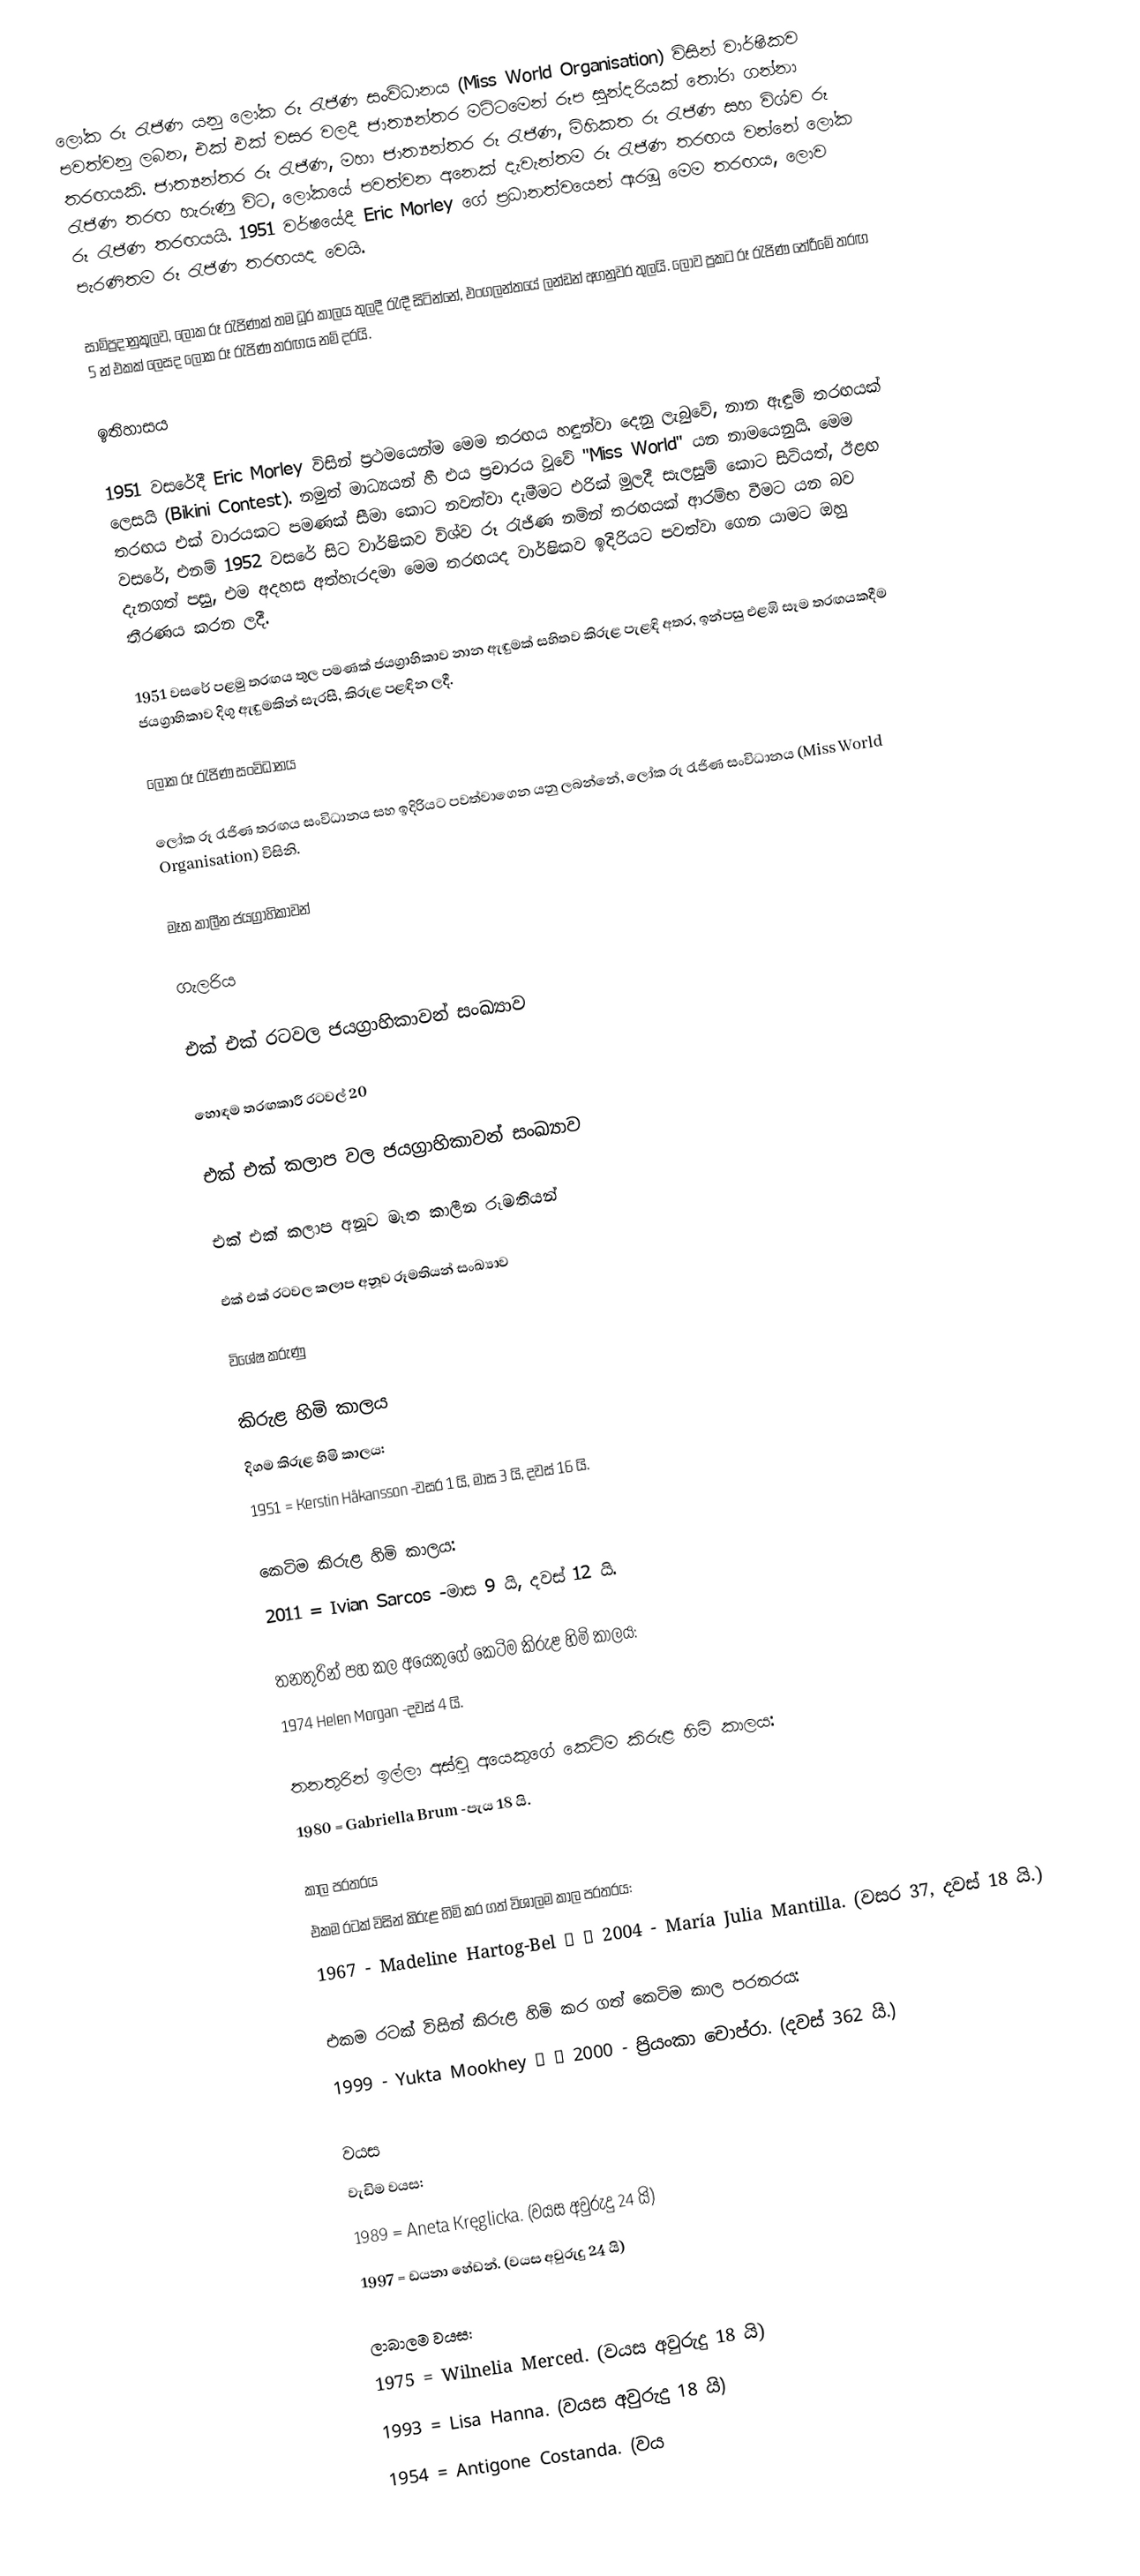
ලෝක රූ රැජිණ යනු ලෝක රූ රැජිණ සංවිධානය (Miss World Organisation) විසින් වාර්ෂිකව පවත්වනු ලබන, එක් එක් වසර වලදී ජාත්‍යන්තර මට්ටමෙන් රූප සුන්දරියක් තෝරා ගන්නා තරඟයකි. ජාත්‍යන්තර රූ රැජිණ, මහා ජාත්‍යන්තර රූ රැජිණ, මිහිකත රූ රැජිණ සහ විශ්ව රූ රැජිණ තරඟ හැරුණු විට, ලෝකයේ පවත්වන අනෙක් දැවැන්තම රූ රැජිණ තරඟය වන්නේ ලෝක රූ රැජිණ තරඟයයි. 1951 වර්ෂයේදී Eric Morley ගේ ප්‍රධානත්වයෙන් ඇරඹූ මෙම තරඟය, ලොව පැරණිතම රූ රැජිණ තරඟයද වෙයි.

සාම්ප්‍රදානුකූලව, ලෝක රූ රැජිණක් තම ධූර කාලය තුලදී රැඳී සිටින්නේ, එංගලන්තයේ ලන්ඩන් අගනුවර තුලයි. ලොව ප්‍රකට රූ රැජිණ තේරීමේ තරඟ 5 න් එකක් ලෙසද ලෝක රූ රැජිණ තරඟය නම් දරයි.

ඉතිහාසය

1951 වසරේදී Eric Morley විසින් ප්‍රථමයෙන්ම මෙම තරඟය හඳුන්වා දෙනු ලැබුවේ, නාන ඇඳුම් තරඟයක් ලෙසයි (Bikini Contest). නමුත් මාධ්‍යයන් හී එය ප්‍රචාරය වූවේ "Miss World" යන නාමයෙනුයි. මෙම තරඟය එක් වාරයකට පමණක් සීමා කොට නවත්වා දැමීමට එරික් මුලදී සැලසුම් කොට සිටියත්, ඊළඟ වසරේ, එනම් 1952 වසරේ සිට වාර්ෂිකව විශ්ව රූ රැජිණ නමින් තරඟයක් ආරම්භ වීමට යන බව දැනගත් පසු, එම අදහස අත්හැරදමා මෙම තරඟයද වාර්ෂිකව ඉදිරියට පවත්වා ගෙන යාමට ඔහු තීරණය කරන ලදී.

1951 වසරේ පළමු තරඟය තුල පමණක් ජයග්‍රාහිකාව නාන ඇඳුමක් සහිතව කිරුළ පැළඳි අතර, ඉන්පසු එළඹි සෑම තරඟයකදීම ජයග්‍රාහිකාව දිගු ඇඳුමකින් සැරසී, කිරුළ පළඳින ලදී.

ලෝක රූ රැජිණ සංවිධානය

ලෝක රූ රැජිණ තරඟය සංවිධානය සහ ඉදිරියට පවත්වාගෙන යනු ලබන්නේ, ලෝක රූ රැජිණ සංවිධානය (Miss World Organisation) විසිනි.

මෑත කාලීන ජයග්‍රාහිකාවන්

ගැලරිය

එක් එක් රටවල ජයග්‍රාහිකාවන් සංඛ්‍යාව

හොඳම තරඟකාරී රටවල් 20

එක් එක් කලාප වල ජයග්‍රාහිකාවන් සංඛ්‍යාව

එක් එක් කලාප අනූව මෑත කාලීන රූමතියන්

එක් එක් රටවල කලාප අනූව රූමතියන් සංඛ්‍යාව

විශේෂ කරුණු

කිරුළ හිමි කාලය
 දිගම කිරුළ හිමි කාලය:
 1951 = Kerstin Håkansson -වසර 1 යි, මාස 3 යි, දවස් 16 යි.

 කෙටිම කිරුළ හිමි කාලය:
 2011 = Ivian Sarcos -මාස 9 යි, දවස් 12 යි.

 තනතුරින් පහ කල අයෙකුගේ කෙටිම කිරුළ හිමි කාලය:
 1974  Helen Morgan -දවස් 4 යි.

 තනතුරින් ඉල්ලා අස්වූ අයෙකුගේ කෙටිම කිරුළ හිමි කාලය:
 1980 = Gabriella Brum -පැය 18 යි.

කාල පරතරය
 එකම රටක් විසින් කිරුළ හිමි කර ගත් විශාලම කාල පරතරය:
 1967 - Madeline Hartog-Bel ←  → 2004 - María Julia Mantilla. (වසර 37, දවස් 18 යි.)

 එකම රටක් විසින් කිරුළ හිමි කර ගත් කෙටිම කාල පරතරය:
 1999 - Yukta Mookhey ←  → 2000 - ප්‍රියංකා චොප්රා. (දවස් 362 යි.)

වයස
 වැඩිම වයස:
 1989 = Aneta Kręglicka. (වයස අවුරුදු 24 යි)
 1997 =  ඩයනා හේඩන්. (වයස අවුරුදු 24 යි)

 ලාබාලම වයස:
 1975 = Wilnelia Merced. (වයස අවුරුදු 18 යි)
 1993 = Lisa Hanna. (වයස අවුරුදු 18 යි)
 1954 = Antigone Costanda. (වය